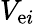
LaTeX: V_{\mathrm{e}i}